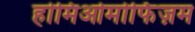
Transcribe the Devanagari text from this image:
होमिओमोर्फिज़म